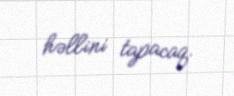
həllini tapacaq.